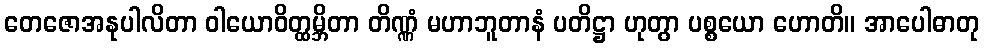
တေဇောအနုပါလိတာ ဝါယောဝိတ္ထမ္ဘိတာ တိဏ္ဏံ မဟာဘူတာနံ ပတိဋ္ဌာ ဟုတွာ ပစ္စယော ဟောတိ။ အာပေါဓာတု